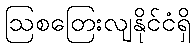
ဩစတြေးလျနိုင်ငံရှိ